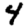
Digit: 4